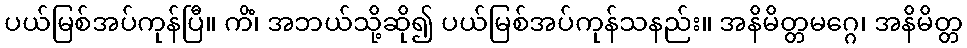
ပယ်မြစ်အပ်ကုန်ပြီ။ ကိံ၊ အဘယ်သို့ဆို၍ ပယ်မြစ်အပ်ကုန်သနည်း။ အနိမိတ္တမဂ္ဂေ၊ အနိမိတ္တ